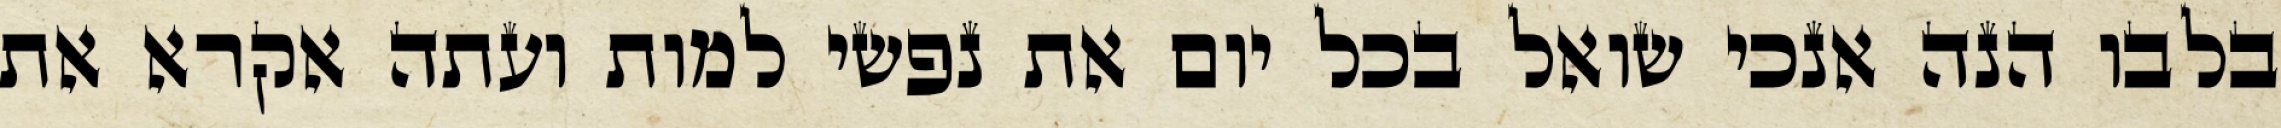
בלבו הנה אנכי שואל בכל יום את נפשי למות ועתה אקרא את